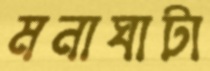
মনাঘাটা